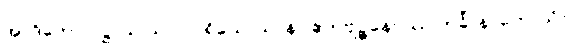
အာဒိတော ပဋ္ဌာယ ယာဝ ပရိယောသာနာ ဧကဗျဉ္ဇနေပိဿ ကင်္ခါ နာဟောသိ။